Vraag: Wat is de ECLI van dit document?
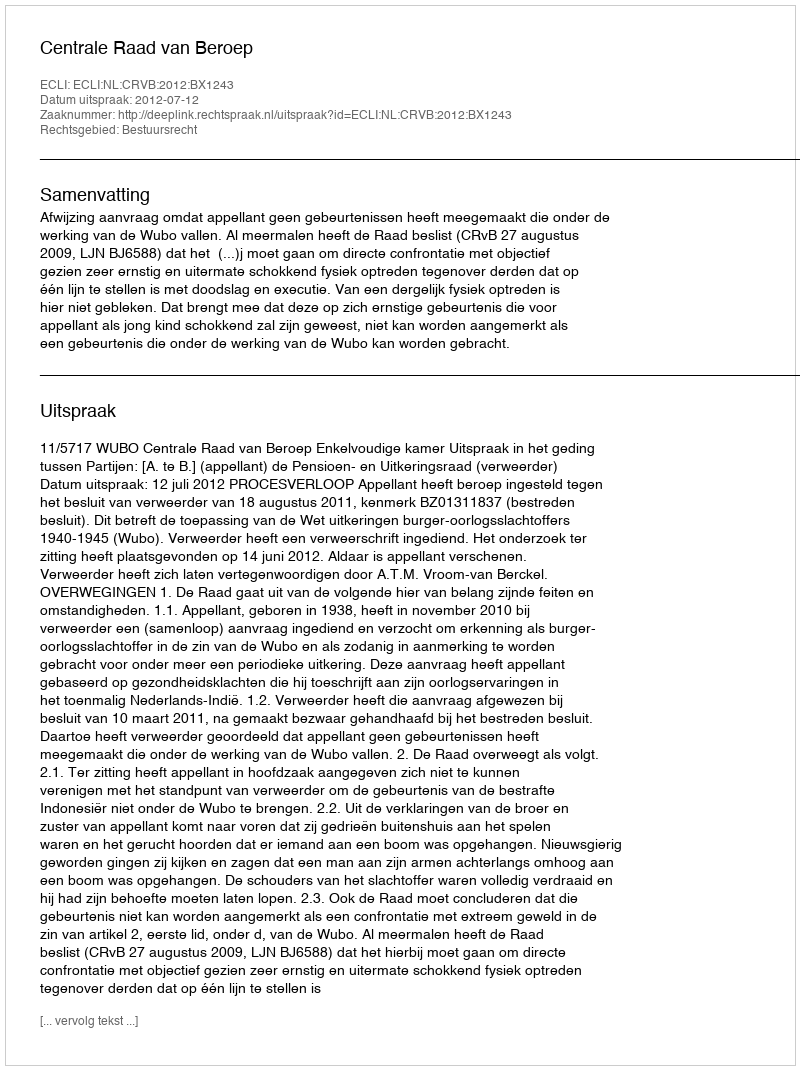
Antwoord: ECLI:NL:CRVB:2012:BX1243